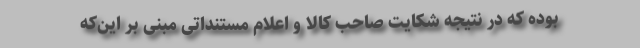
بوده که در نتیجه شکایت صاحب کالا و اعلام مستنداتی مبنی بر این‌که